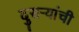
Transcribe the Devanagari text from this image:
दुसऱ्यांची